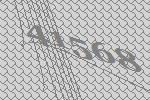
41568